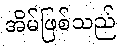
အိမ်ဖြစ်သည်